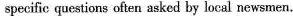
specific questions often asked by local news men.